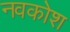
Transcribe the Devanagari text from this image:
नवकोश